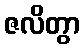
ဇလိတွာ